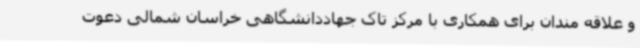
و علاقه مندان برای همکاری با مرکز تاک جهاددانشگاهی خراسان شمالی دعوت